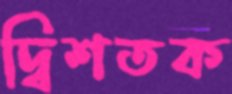
দ্বিশতক